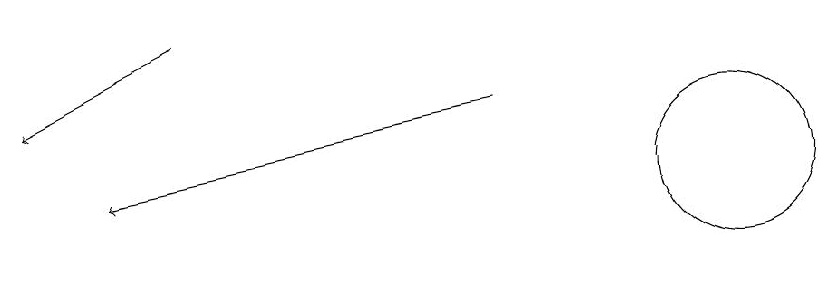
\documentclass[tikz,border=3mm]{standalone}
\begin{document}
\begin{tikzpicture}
\draw[->] (9,11) -- (4,10);
\draw[->] (5,12) -- (3,11);
\draw (12,10) circle (1);
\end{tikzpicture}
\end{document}